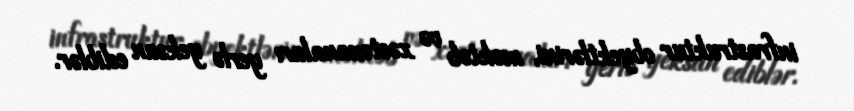
infrastruktur obyektlərini, məktəb və xəstəxanaları yerlə yeksan ediblər.